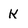
Character: K